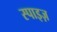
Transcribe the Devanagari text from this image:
स्पाइज़